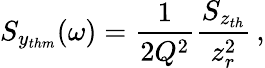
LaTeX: S_{y_{thm}}(\omega)=\frac{1}{2Q^{2}}\frac{S_{z_{th}}}{z_{r}^{2}}\, ,